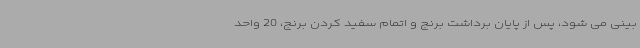
بینی می شود، پس از پایان برداشت برنج و اتمام سفید کردن برنج، 20 واحد